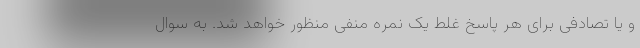
و یا تصادفی برای هر پاسخ غلط یک نمره منفی منظور خواهد شد. به سوال